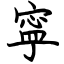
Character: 寜